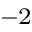
^ { - 2 }